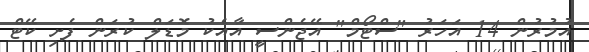
އުމުރުން 14 އަހަރު "ސްޓޯމް" އޭޖެންސީ އާއެކު މޮޑަލް ކުރަން ފެށި ކޭޓް